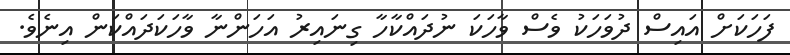
ފަހަކަށް އައިސް ދުވަހަކު ވެސް ވާހަކަ ނުދައްކާހާ ގިނައިރު އަހަންނާ ވާހަކަދައްކަން އިނެވެ.